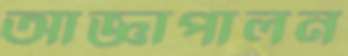
আজ্ঞাপালন